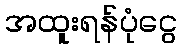
အထူးရန်ပုံငွေ